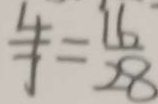
\frac { 4 } { 7 } = \frac { 1 6 } { 2 8 }